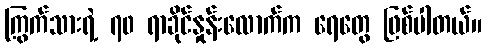
ကြွက်သားရဲ့ ၇၀ ရာခိုင်နှုန်းလောက်က ရေတွေ ဖြစ်ပါတယ်။